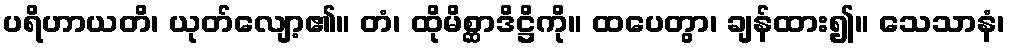
ပရိဟာယတိ၊ ယုတ်လျော့၏။ တံ၊ ထိုမိစ္ဆာဒိဋ္ဌိကို။ ထပေတွာ၊ ချန်ထား၍။ သေသာနံ၊